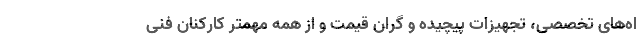
اه‌های تخصصی، تجهیزات پیچیده و گران قیمت و از همه مهمتر کارکنان فنی